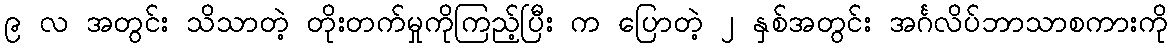
၉ လ အတွင်း သိသာတဲ့ တိုးတက်မှုကိုကြည့်ပြီး က ပြောတဲ့ ၂ နှစ်အတွင်း အင်္ဂလိပ်ဘာသာစကားကို